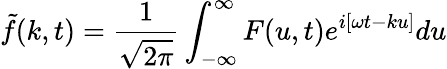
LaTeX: \tilde{f}(k,t)=\frac{1}{\sqrt{2\pi}}\int_{-\infty}^{\infty}F(u,t)e^{i[\omega t-ku]}du